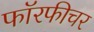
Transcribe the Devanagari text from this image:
फॉरफीचर